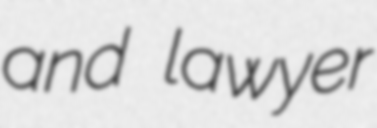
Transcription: and lawyer